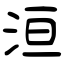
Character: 洹